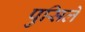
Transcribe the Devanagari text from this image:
पुसिले